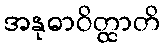
အနုဓာဝိတ္ထာတိ